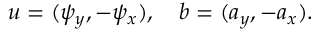
\boldsymbol { u } = ( \psi _ { y } , - \psi _ { x } ) , \quad \boldsymbol { b } = ( a _ { y } , - a _ { x } ) .